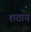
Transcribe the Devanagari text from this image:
शठाय